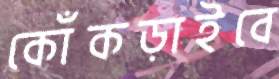
কোঁকড়াইবে